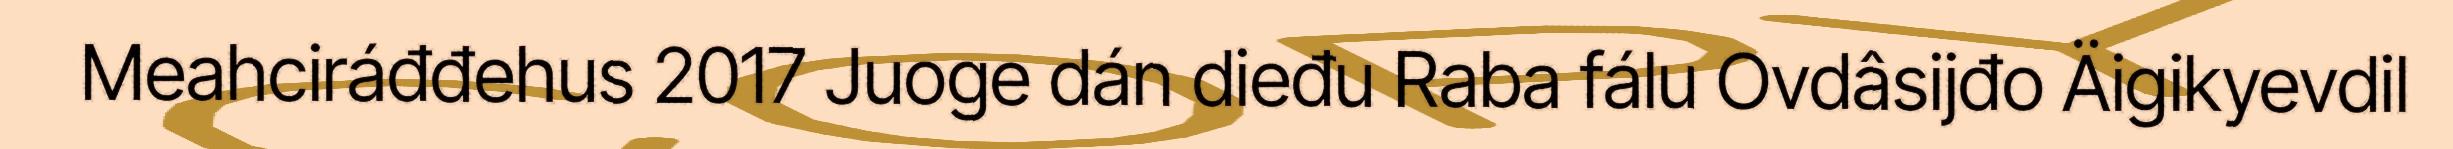
Meahciráđđehus 2017 Juoge dán dieđu Raba fálu Ovdâsijđo Äigikyevdil